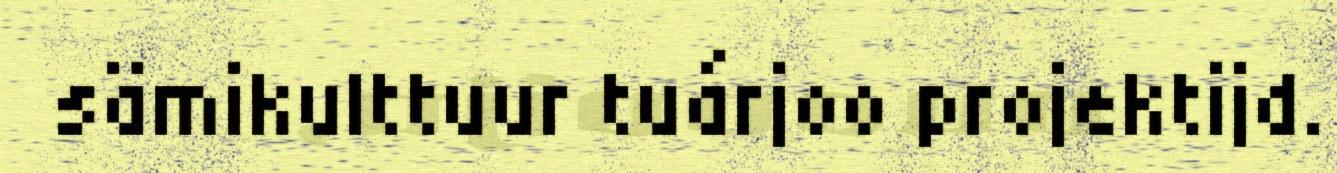
sämikulttuur tuárjoo projektijd.